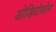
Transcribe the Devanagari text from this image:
ओडियोफोन